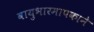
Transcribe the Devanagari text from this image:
वायुभारमापकाने